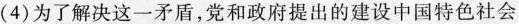
（4）为了解决这一矛盾，党和政府提出的建设中国特色社会